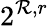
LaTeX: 2^{\mathcal{R},r}